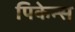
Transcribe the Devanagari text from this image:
पिकेन्स